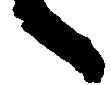
へ